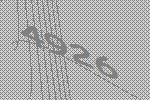
4926